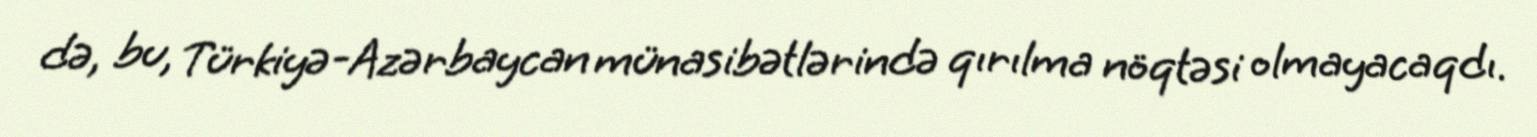
də, bu, Türkiyə-Azərbaycan münasibətlərində qırılma nöqtəsi olmayacaqdı.